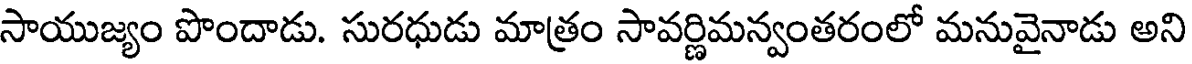
సాయుజ్యం పొందాడు. సురధుడు మాత్రం సావర్ణిమన్వంతరంలో మనువైనాడు అని